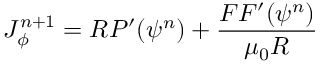
J _ { \phi } ^ { n + 1 } = R P ^ { \prime } ( \psi ^ { n } ) + \frac { F F ^ { \prime } ( \psi ^ { n } ) } { \mu _ { 0 } R }